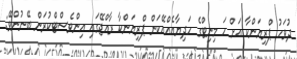
ދުވަހު ޕްރިޔަންކާ އަށް ހަ މިނިޓްގެ ހަދިޔާއެއްއޭކަން ޕްރިޔަންކާ ރާއްޖޭގައި އިންވެސްޓްކުރަން ބޭނުންވޭ: